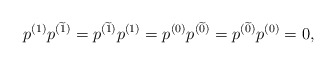
\begin{align*}p^{(1)}p^{(\widetilde{1})}=p^{(\widetilde{1})}p^{(1)}=p^{(0)}p^{(\widetilde{0})}=p^{(\widetilde{0})}p^{(0)}=0 ,\end{align*}